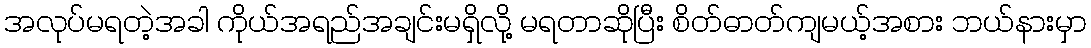
အလုပ်မရတဲ့အခါ ကိုယ်အရည်အချင်းမရှိလို့ မရတာဆိုပြီး စိတ်ဓာတ်ကျမယ့်အစား ဘယ်နားမှာ